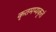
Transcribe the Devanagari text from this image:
कृतमप्यकृतं